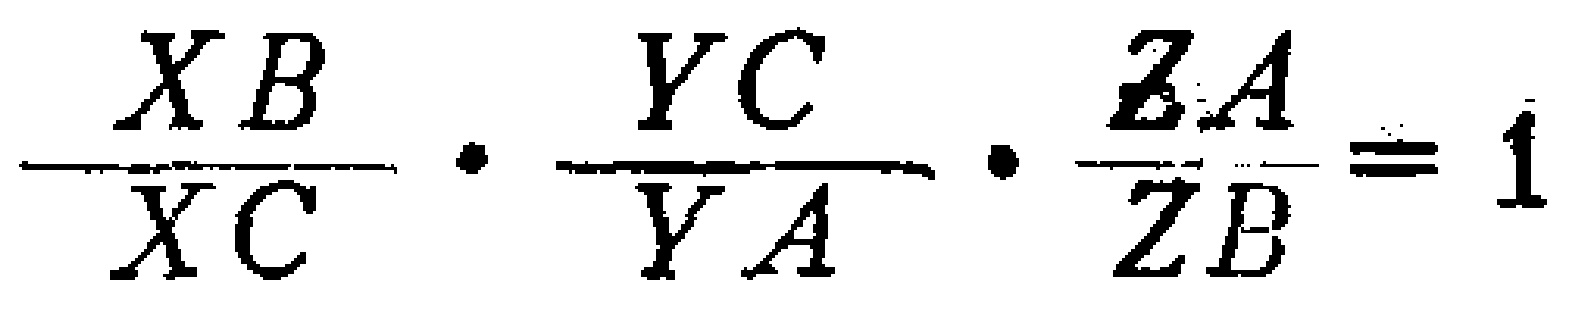
\(\frac{XB}{XC}\cdot\frac{YC}{YA}\cdot\frac{ZA}{ZB}=1\)